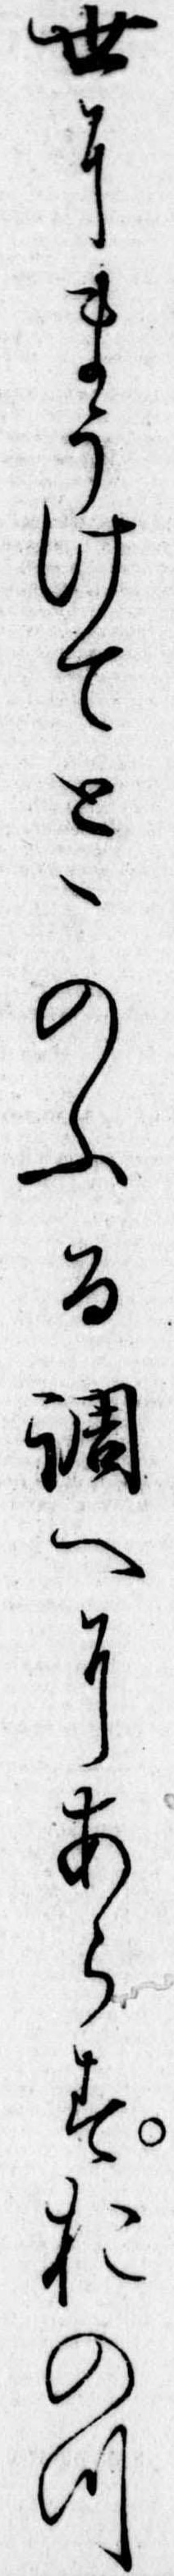
世にまうけてとゝのふる調へにあらすおのつ